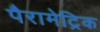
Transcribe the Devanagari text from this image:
पैरामेट्रिक